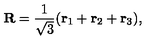
{ \bf R } = \frac { 1 } { \sqrt { 3 } } ( { \bf r } _ { 1 } + { \bf r } _ { 2 } + { \bf r } _ { 3 } ) ,